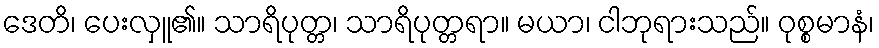
ဒေတိ၊ ပေးလှူ၏။ သာရိပုတ္တ၊ သာရိပုတ္တရာ။ မယာ၊ ငါဘုရားသည်။ ဝုစ္စမာနံ၊